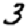
Digit: 3